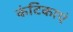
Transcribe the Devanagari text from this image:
कंटिकाएं